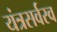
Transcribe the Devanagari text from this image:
यंत्रसर्वस्व